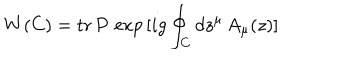
W ( C ) = \mathrm { t r } \, P \, \exp \, [ i g \oint _ { C } d z ^ { \mu } \, A _ { \mu } ( z ) ]